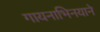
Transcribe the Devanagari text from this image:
गायनाभिनयाने